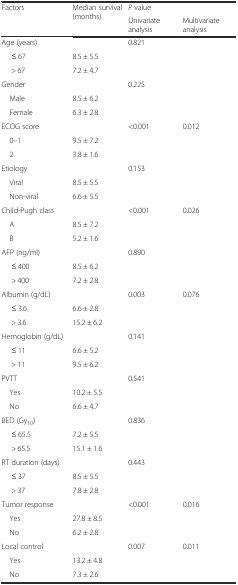
| <ROWSPAN=2> Factors | <ROWSPAN=2> Median survival (months) | <COLSPAN=2> P value |
 | Univariate analysis | Multivariate analysis |
 | --- | --- | --- | --- |
 | Age (years) |  | 0.821 |  |
 | ≤ 67 | 8.5 ± 5.5 |  |  |
 | > 67 | 7.2 ± 4.7 |  |  |
 | Gender |  | 0.225 |  |
 | Male | 8.5 ± 6.2 |  |  |
 | Female | 6.3 ± 2.8 |  |  |
 | ECOG score |  | <0.001 | 0.012 |
 | 0–1 | 9.5 ± 7.2 |  |  |
 | 2 | 3.8 ± 1.6 |  |  |
 | Etiology |  | 0.153 |  |
 | Viral | 8.5 ± 5.5 |  |  |
 | Non-viral | 6.6 ± 5.5 |  |  |
 | Child-Pugh class |  | <0.001 | 0.026 |
 | A | 8.5 ± 7.2 |  |  |
 | B | 5.2 ± 1.6 |  |  |
 | AFP (ng/ml) |  | 0.890 |  |
 | ≤ 400 | 8.5 ± 6.2 |  |  |
 | > 400 | 7.2 ± 2.8 |  |  |
 | Albumin (g/dL) |  | 0.003 | 0.076 |
 | ≤ 3.6 | 6.6 ± 2.8 |  |  |
 | > 3.6 | 15.2 ± 6.2 |  |  |
 | Hemoglobin (g/dL) |  | 0.141 |  |
 | ≤ 11 | 6.6 ± 5.2 |  |  |
 | > 11 | 9.5 ± 6.2 |  | <ROWSPAN=2>  |
 | PVTT |  | 0.541 |
 | Yes | 10.2 ± 5.5 |  |  |
 | No | 6.6 ± 4.7 |  |  |
 | BED (Gy10) |  | 0.836 |  |
 | ≤ 65.5 | 7.2 ± 5.5 |  |  |
 | > 65.5 | 15.1 ± 1.6 |  |  |
 | RT duration (days) |  | 0.443 |  |
 | ≤ 37 | 8.5 ± 5.5 |  |  |
 | > 37 | 7.8 ± 2.8 |  |  |
 | Tumor response |  | <0.001 | 0.016 |
 | Yes | 27.8 ± 8.5 |  |  |
 | No | 6.2 ± 2.8 |  |  |
 | Local control |  | 0.007 | 0.011 |
 | Yes | 13.2 ± 4.8 |  |  |
 | No | 7.3 ± 2.6 |  |  |